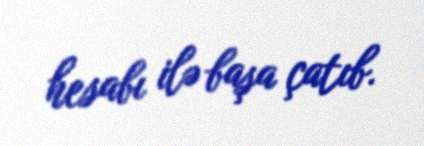
hesabı ilə başa çatıb.